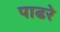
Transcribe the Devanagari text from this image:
पाढरे